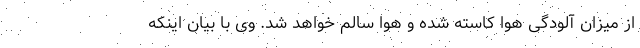
از میزان آلودگی هوا کاسته شده و هوا سالم خواهد شد. وی با بیان اینکه